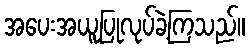
အပေးအယူပြုလုပ်ခဲ့ကြသည်။